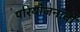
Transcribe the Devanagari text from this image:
परियोजनावों